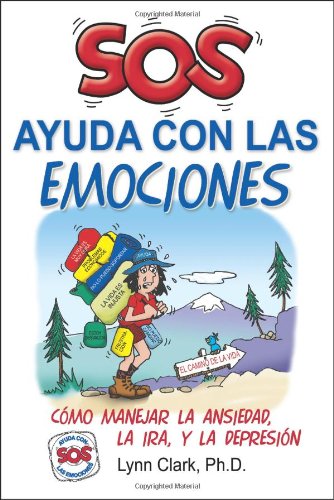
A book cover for SOS Ayuda Con Las Emociones: Como Manejar la Ansiedad, la Ira, y La Depresion (Spanish Edition); Lynn Clark; Self-Help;